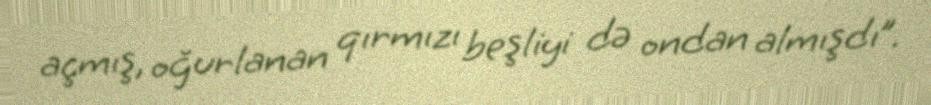
açmış, oğurlanan qırmızı beşliyi də ondan almışdı”.